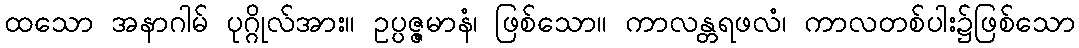
ထသော အနာဂါမ် ပုဂ္ဂိုလ်အား။ ဥပ္ပဇ္ဇမာနံ၊ ဖြစ်သော။ ကာလန္တရဖလံ၊ ကာလတစ်ပါး၌ဖြစ်သော